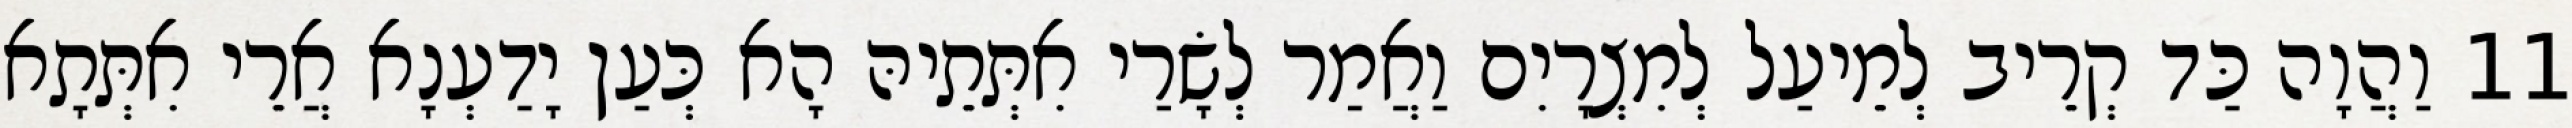
11 וַהֲוָה כַּד קְרֵיב לְמֵיעַל לְמִצְרָיִם וַאֲמַר לְשָׂרַי אִתְּתֵיהּ הָא כְּעַן יָדַעְנָא אֲרֵי אִתְּתָא